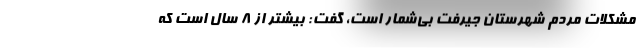
مشکلات مردم شهرستان جیرفت بی‌شمار است، گفت: بیشتر از ۸ سال است که